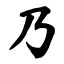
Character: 乃